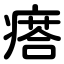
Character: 瘩